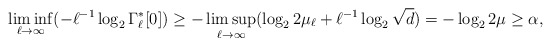
\begin{align*} \liminf_{\ell \to \infty} (-\ell^{-1}\log_2 \Gamma_\ell^*[0]) \ge-\limsup_{\ell\to \infty} (\log_2 2\mu_\ell + \ell^{-1} \log_2\sqrt{d})= -\log_2 2\mu \ge \alpha,\end{align*}